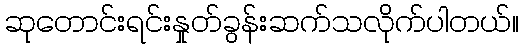
ဆုတောင်းရင်းနှုတ်ခွန်းဆက်သလိုက်ပါတယ်။